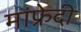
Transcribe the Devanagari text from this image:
मांफ्रेदी